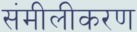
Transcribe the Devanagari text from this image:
संमीलीकरण